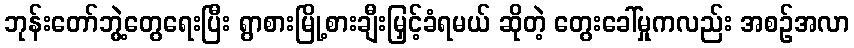
ဘုန်းတော်ဘွဲ့တွေရေးပြီး ရွာစားမြို့စားချီးမြှင့်ခံရမယ် ဆိုတဲ့ တွေးခေါ်မှုကလည်း အစဉ်အလာ